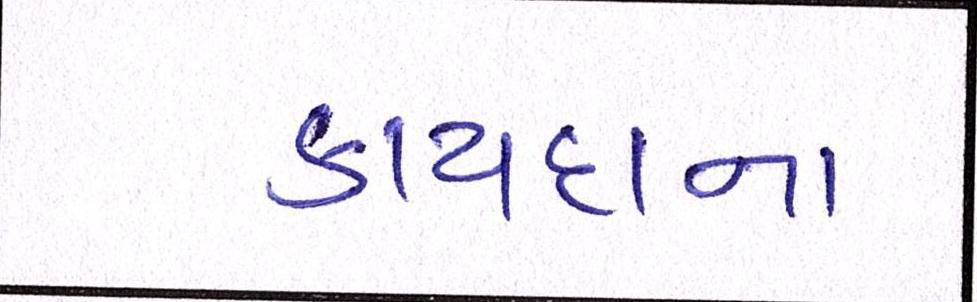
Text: કાયદાના